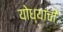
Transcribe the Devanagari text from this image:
योध्यांची